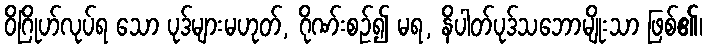
ဝိဂြိုဟ်လုပ်ရ သော ပုဒ်များမဟုတ်, ဂိုဏ်းစဉ်၍ မရ, နိပါတ်ပုဒ်သဘောမျိုးသာ ဖြစ်၏၊